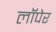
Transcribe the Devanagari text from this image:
लॉपेर